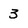
Character: 3